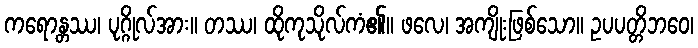
ကရောန္တဿ၊ ပုဂ္ဂိုလ်အား။ တဿ၊ ထိုကုသိုလ်ကံ၏။ ဖလေ၊ အကျိုးဖြစ်သော။ ဥပပတ္တိဘဝေ၊